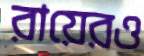
রায়েরও